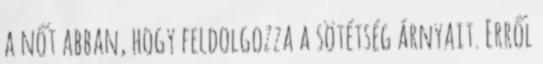
a nőt abban, hogy feldolgozza a sötétség árnyait. Erről